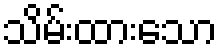
သိမ်းထားသော